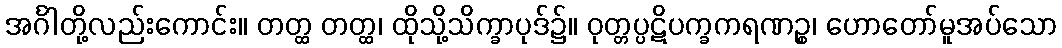
အင်္ဂါတို့လည်းကောင်း။ တတ္ထ တတ္ထ၊ ထိုသို့သိက္ခာပုဒ်၌။ ဝုတ္တပ္ပဋိပက္ခကရဏဉ္စ၊ ဟောတော်မူအပ်သော